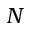
N